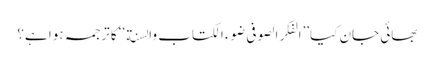
بھائی جان کیا’’الفکر الصوفی ضوء الکتاب والسنة ‘‘کا ترجمہ ہوا ہے؟